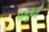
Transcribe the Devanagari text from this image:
पश्तूनो